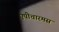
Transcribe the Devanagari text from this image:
एपीचारमस